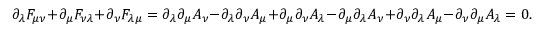
\partial _ { \lambda } F _ { \mu \nu } + \partial _ { \mu } F _ { \nu \lambda } + \partial _ { \nu } F _ { \lambda \mu } = \partial _ { \lambda } \partial _ { \mu } A _ { \nu } - \partial _ { \lambda } \partial _ { \nu } A _ { \mu } + \partial _ { \mu } \partial _ { \nu } A _ { \lambda } - \partial _ { \mu } \partial _ { \lambda } A _ { \nu } + \partial _ { \nu } \partial _ { \lambda } A _ { \mu } - \partial _ { \nu } \partial _ { \mu } A _ { \lambda } = 0 .